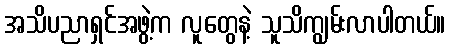
အသိပညာရှင်အဖွဲ့က လူတွေနဲ့ သူသိကျွမ်းလာပါတယ်။